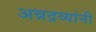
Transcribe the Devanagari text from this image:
अन्नद्रव्यांनी